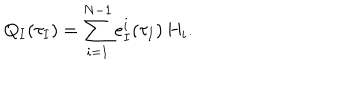
LaTeX: Q _ { I } ( \tau _ { I } ) = \sum _ { i = 1 } ^ { N - 1 } e _ { I } ^ { i } ( \tau _ { I } ) \, H _ { i } .